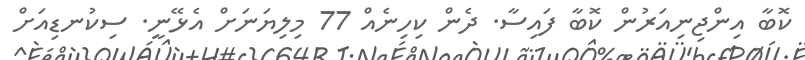
ކޮބާ އިންޖިނިއަރުން ކޮބާ ފައިސާ. ދެން ކިހިނެއް 77 މިލިޔަނަށް އެޅޭނީ. ސިކުނޑިއަށް